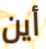
أين